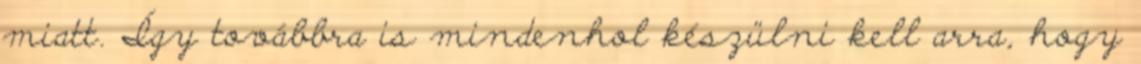
miatt. Így továbbra is mindenhol készülni kell arra, hogy